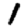
Digit: 1